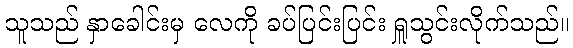
သူသည် နှာခေါင်းမှ လေကို ခပ်ပြင်းပြင်း ရှူသွင်းလိုက်သည်။